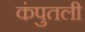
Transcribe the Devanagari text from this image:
कंपुतली